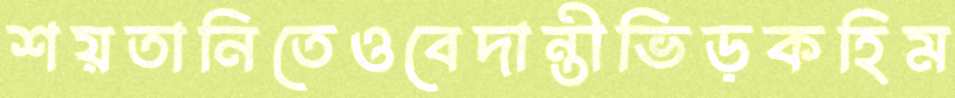
শয়তানিতেওবেদান্তীভিড়কহিম